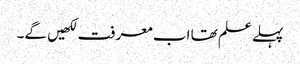
پہلے علم تھا اب معرفت لکھیں گے۔